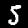
Digit: 5